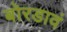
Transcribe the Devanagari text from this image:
बोरडावं